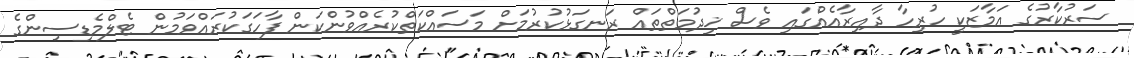
ސަރުކާރުގެ އަމާޒަކީ ހުރިހާ ދާއިރާއެއްގައި ވެސް ޚިދުމަތްތައް ރަނގަޅުކުރުމަށް މަސައްކަތްކުރެއްވުންކަން ފާހަގަކުރައްވަމުން ޓެލްމެޑިސިންގެ